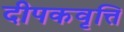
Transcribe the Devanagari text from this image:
दीपकवृत्ति